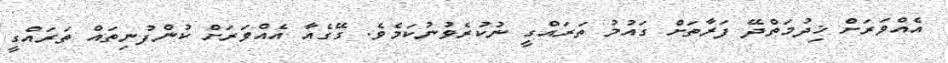
އެއްވަރަށް ޚިދުމަތްދޭ ފަރާތަށް ގައުމު ތަރައްގީ ނުކުރެވުނުކަމެވެ. ގޭގެއާ އެއްވަރަށް ކުންފުނިތައް ތަރައްގީ